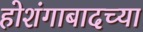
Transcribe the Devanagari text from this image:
होशंगाबादच्या